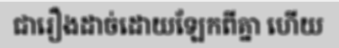
ជារឿងដាច់ដោយឡែកពីគ្នា ហើយ